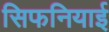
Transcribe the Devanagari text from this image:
सिफनियाई